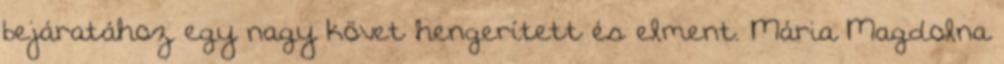
bejáratához egy nagy követ hengerített és elment. Mária Magdolna